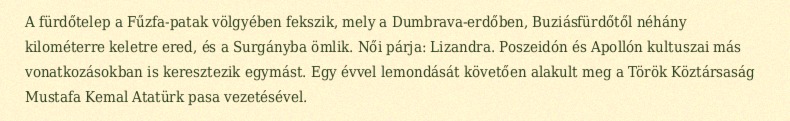
A fürdőtelep a Fűzfa-patak völgyében fekszik, mely a Dumbrava-erdőben, Buziásfürdőtől néhány kilométerre keletre ered, és a Surgányba ömlik. Női párja: Lizandra. Poszeidón és Apollón kultuszai más vonatkozásokban is keresztezik egymást. Egy évvel lemondását követően alakult meg a Török Köztársaság Mustafa Kemal Atatürk pasa vezetésével.